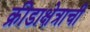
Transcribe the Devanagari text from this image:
क्रीडाक्षेत्राची